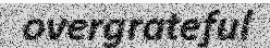
overgrateful